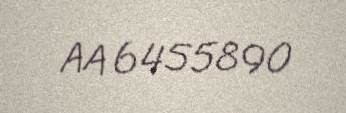
AA 6455890